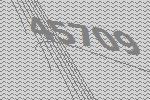
45709